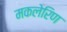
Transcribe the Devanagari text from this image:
मकलेरिण